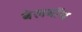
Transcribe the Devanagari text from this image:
बेलबॉय